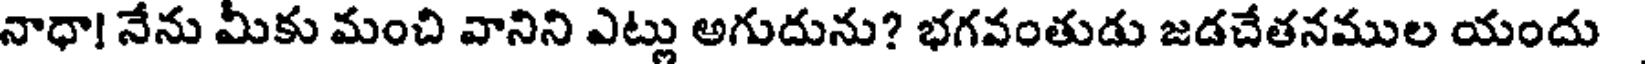
నాధా! నేను మీకు మంచి వానిని ఎట్లు అగుదును? భగవంతుడు జడచేతనముల యందు